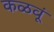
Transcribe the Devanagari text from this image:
कळवूं